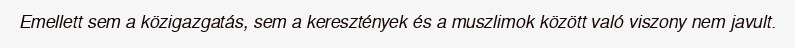
Emellett sem a közigazgatás, sem a keresztények és a muszlimok között való viszony nem javult.